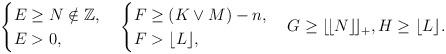
LaTeX: \begin{align*}\begin{cases}E\geq N\notin\mathbb Z,\\E>0,\end{cases}\begin{cases}F\geq(K\vee M)-n,\\F>\lfloor L\rfloor,\end{cases}G\geq\lfloor\!\lfloor N\rfloor\!\rfloor_+,H\geq\lfloor L\rfloor.\end{align*}